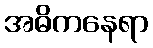
အဓိကနေရာ